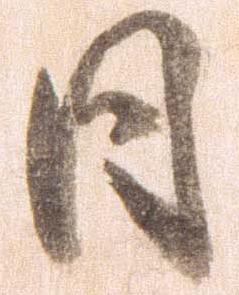
日